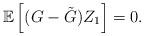
LaTeX: \begin{align*} \mathbb{E}\left[ (G-\tilde{G}) Z_1 \right] = 0.\end{align*}